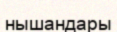
нышандары